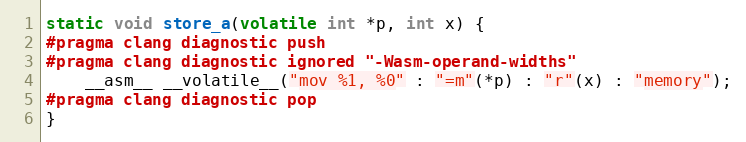
Language: C
static void store_a(volatile int *p, int x) {
#pragma clang diagnostic push
#pragma clang diagnostic ignored "-Wasm-operand-widths"
    __asm__ __volatile__("mov %1, %0" : "=m"(*p) : "r"(x) : "memory");
#pragma clang diagnostic pop
}